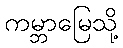
ကမ္ဘာမြေသို့